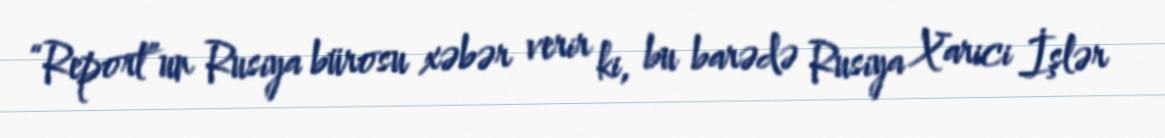
“Report”un Rusiya bürosu xəbər verir ki, bu barədə Rusiya Xarici İşlər